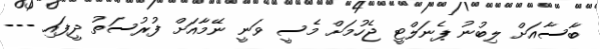
ބާސާއަށް ލިބުނު ޕެނަލްޓީ ޖެހުމަށް މެސީ ވަނީ ނޭމާއަށް ފުރުސަތު ދީފައި ---